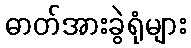
ဓာတ်အားခွဲရုံများ